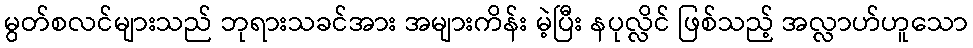
မွတ်စလင်များသည် ဘုရားသခင်အား အများကိန်း မဲ့ပြီး နပုလ္လိင် ဖြစ်သည့် အလ္လာဟ်ဟူသော